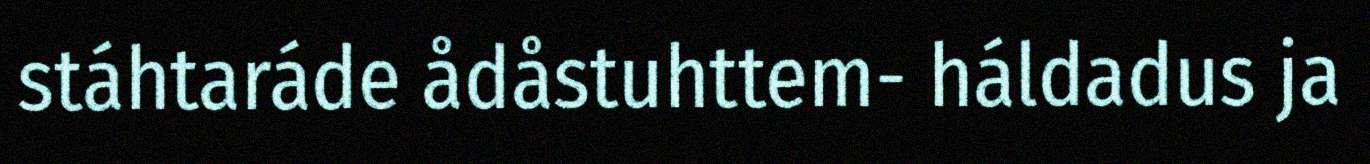
stáhtaráde ådåstuhttem- háldadus ja